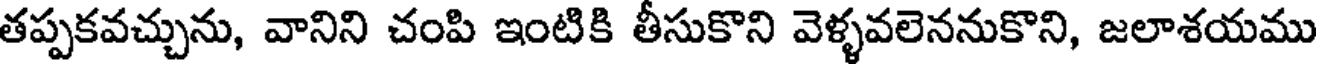
తప్పకవచ్చును, వానిని చంపి ఇంటికి తీసుకొని వెళ్ళవలెననుకొని, జలాశయము